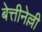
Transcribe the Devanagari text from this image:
बेत्तीनेल्ली